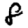
Digit: 8